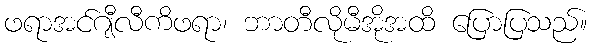
ဖရာအင်ဂျီလီကိဖရာ၊ ဘာတီလိုမီအိုအထိ ပြောပြသည်။